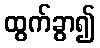
ထွက်ခွာ၍